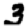
Digit: 3